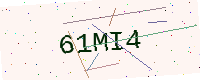
Text: 61MI4